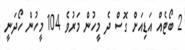
2 ބޯޓެއް އަޑިއަށް ގޮސް ދެ މީހުން މަރުވެ 104 މީހުން ހޯދަނީ